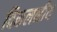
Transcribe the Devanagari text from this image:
विकलनीय